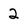
Character: 2